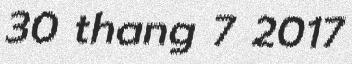
30 thang 7 2017